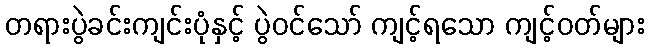
တရားပွဲခင်းကျင်းပုံနှင့် ပွဲဝင်သော် ကျင့်ရသော ကျင့်ဝတ်များ